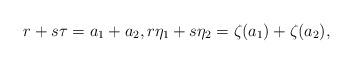
LaTeX: \begin{align*}r+s\tau=a_{1}+a_{2},r\eta_{1}+s\eta_{2}=\zeta(a_{1})+\zeta(a_{2}),\end{align*}